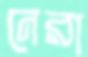
নেরা